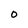
Character: 0